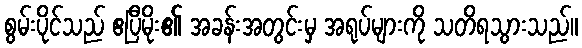
စွမ်းပိုင်သည် ဧပြီမိုး၏ အခန်းအတွင်းမှ အရုပ်များကို သတိရသွားသည်။